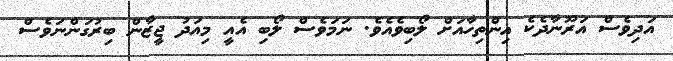
އަދިވެސް އަރޫނާދެކެ އިންތިހާއަށް ލޯބިވެއެވެ. ނަމަވެސް ލޯބި އެއީ މިއަދު ޖީޒާން ބިރުގަންނަވެސް